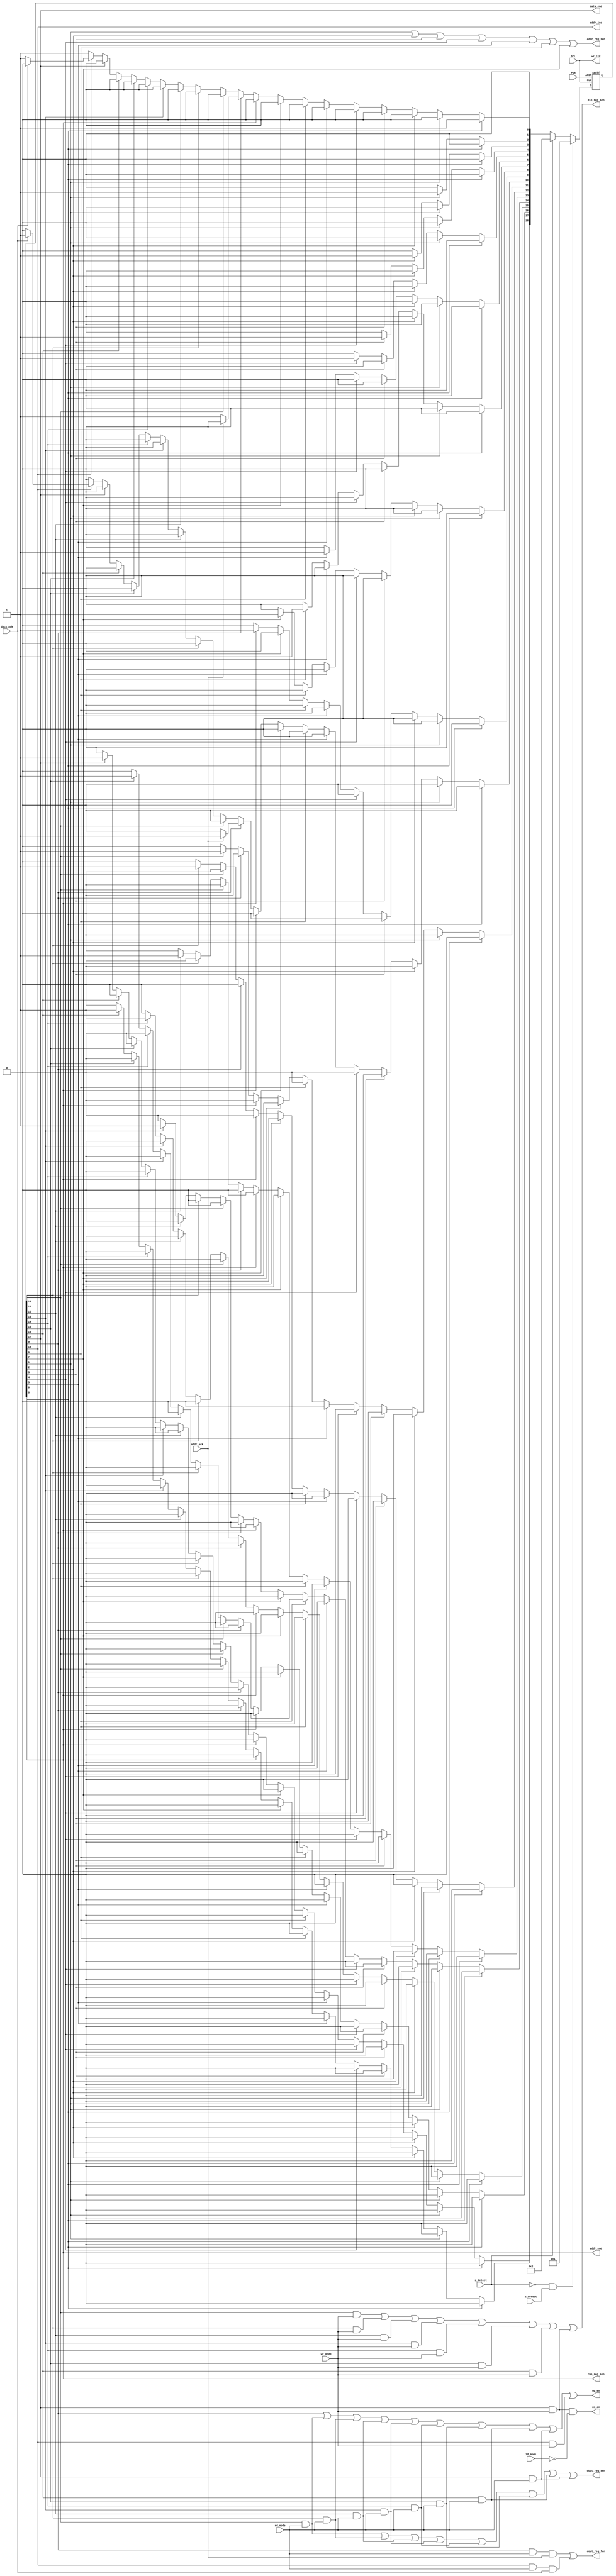
//=========================================================================
// Project     : 
// Module name : i2c_fsm
// Author      : 
//
// Description : Finite State Machine for I2C interface
// 
//=========================================================================

module i2c_fsm (
                // Inputs
                POR,
                SCL,
                s_detect,
                p_detect,
                wr_mode,
                rd_mode,
                id_mode,
                addr_ack,
                data_ack,

                // Outputs
                rwb_reg_sen,
                addr_reg_sen,
                din_reg_sen,
                dout_reg_sen,
                dout_reg_len,
                addr_inc,
                addr_end,
                data_end,
                wr_clk,
                wr_en,
                op_en
               );


parameter [18:0]  I2C_S0  = 19'd0;   // IDLE
parameter [18:0]  I2C_S1  = 19'd1;   // ADDR1
parameter [18:0]  I2C_S2  = 19'd2;   // ADDR2
parameter [18:0]  I2C_S3  = 19'd3;   // ADDR3
parameter [18:0]  I2C_S4  = 19'd4;   // ADDR4
parameter [18:0]  I2C_S5  = 19'd5;   // ADDR5
parameter [18:0]  I2C_S6  = 19'd6;   // ADDR6
parameter [18:0]  I2C_S7  = 19'd7;   // ADDR7
parameter [18:0]  I2C_S8  = 19'd8;   // RWB
parameter [18:0]  I2C_S9  = 19'd9;   // AACK
parameter [18:0]  I2C_S10 = 19'd10;  // DATA1
parameter [18:0]  I2C_S11 = 19'd11;  // DATA2
parameter [18:0]  I2C_S12 = 19'd12;  // DATA3
parameter [18:0]  I2C_S13 = 19'd13;  // DATA4
parameter [18:0]  I2C_S14 = 19'd14;  // DATA5
parameter [18:0]  I2C_S15 = 19'd15;  // DATA6
parameter [18:0]  I2C_S16 = 19'd16;  // DATA7
parameter [18:0]  I2C_S17 = 19'd17;  // DATA8
parameter [18:0]  I2C_S18 = 19'd18;  // DACK

///////////////////////////////////////////////////////////////////////////
// Ports declaration
///////////////////////////////////////////////////////////////////////////

// Clocks and resets
input             POR;
input             SCL;

// Inputs  
input             s_detect;
input             p_detect;
input             wr_mode;
input             rd_mode;
input             id_mode;
input             addr_ack;
input             data_ack;

// Outputs
output            rwb_reg_sen;
output            addr_reg_sen;
output            din_reg_sen;
output            dout_reg_sen;
output            dout_reg_len;
output            addr_inc;
output            addr_end;
output            data_end;
output            wr_clk;
output            wr_en;
output            op_en;

///////////////////////////////////////////////////////////////////////////
// Signals declaration
///////////////////////////////////////////////////////////////////////////

// Register declarations for output signals

// Wire declarations for output signals
wire              addr_reg_sen;
wire              din_reg_sen;
wire              dout_reg_sen;
wire              dout_reg_len;
wire              addr_inc;
wire              addr_end;
wire              data_end;
wire              wr_clk;
wire              wr_en;
wire              op_en;

// Register declarations for internal signals
reg [18:0]        i2c_state;                
reg [18:0]        i2c_next_state;

// Wire declarations for internal signals

///////////////////////////////////////////////////////////////////////////
// Implementation
///////////////////////////////////////////////////////////////////////////

always @(negedge SCL or negedge POR)
  begin
    if (~POR)
      i2c_state <= 19'd1;
    else if (~s_detect & p_detect)
      i2c_state <= 19'd1;
    else if (s_detect)
      i2c_state <= 19'd2;
    else
      i2c_state <= i2c_next_state;
  end

always @(i2c_state or addr_ack or data_ack)
  begin
    i2c_next_state = 19'h0;
    case (1'b1)
      i2c_state[I2C_S0]  :
                               begin
                                 i2c_next_state[I2C_S0] = 1'b1;
                               end
      i2c_state[I2C_S1]  :
                               begin
                                 i2c_next_state[I2C_S2] = 1'b1;
                               end
      i2c_state[I2C_S2]  :
                               begin
                                 i2c_next_state[I2C_S3] = 1'b1;
                               end
      i2c_state[I2C_S3]  :
                               begin
                                 i2c_next_state[I2C_S4] = 1'b1;
                               end
      i2c_state[I2C_S4]  :
                               begin
                                 i2c_next_state[I2C_S5] = 1'b1;
                               end
      i2c_state[I2C_S5]  :
                               begin
                                 i2c_next_state[I2C_S6] = 1'b1;
                               end
      i2c_state[I2C_S6]  :
                               begin
                                 i2c_next_state[I2C_S7] = 1'b1;
                               end
      i2c_state[I2C_S7]  :
                               begin
                                 i2c_next_state[I2C_S8] = 1'b1;
                               end
      i2c_state[I2C_S8]  :
                               begin
                                 i2c_next_state[I2C_S9] = 1'b1;
                               end
      i2c_state[I2C_S9]  :
                               begin
                                 if (addr_ack)
                                   i2c_next_state[I2C_S10] = 1'b1;
                                 else
                                   i2c_next_state[I2C_S0] = 1'b1;
                               end
      i2c_state[I2C_S10] :
                               begin
                                 i2c_next_state[I2C_S11] = 1'b1;
                               end
      i2c_state[I2C_S11] :
                               begin
                                 i2c_next_state[I2C_S12] = 1'b1;
                               end
      i2c_state[I2C_S12] :
                               begin
                                 i2c_next_state[I2C_S13] = 1'b1;
                               end
      i2c_state[I2C_S13] :
                               begin
                                 i2c_next_state[I2C_S14] = 1'b1;
                               end
      i2c_state[I2C_S14] :
                               begin
                                 i2c_next_state[I2C_S15] = 1'b1;
                               end
      i2c_state[I2C_S15] :
                               begin
                                 i2c_next_state[I2C_S16] = 1'b1;
                               end
      i2c_state[I2C_S16] :
                               begin
                                 i2c_next_state[I2C_S17] = 1'b1;
                               end
      i2c_state[I2C_S17] :
                               begin
                                 i2c_next_state[I2C_S18] = 1'b1;
                               end
      i2c_state[I2C_S18] :
                               begin
                                 if (data_ack)
                                   i2c_next_state[I2C_S10] = 1'b1;
                                 else
                                   i2c_next_state[I2C_S0] = 1'b1;
                               end
      default            :
                               begin
                                 i2c_next_state[I2C_S0] = 1'b1;
                               end
    endcase
  end

/////////////////////////////////////////////
// Outputs
/////////////////////////////////////////////

assign addr_end = (i2c_state[I2C_S8]);

assign data_end = (i2c_state[I2C_S17]);

assign rwb_reg_sen = (i2c_state[I2C_S8]);

assign addr_reg_sen = (i2c_state[I2C_S1]) |
                      (i2c_state[I2C_S2]) |
                      (i2c_state[I2C_S3]) |
                      (i2c_state[I2C_S4]) |
                      (i2c_state[I2C_S5]) |
                      (i2c_state[I2C_S6]) |
                      (i2c_state[I2C_S7]);

assign din_reg_sen = (i2c_state[I2C_S10] & wr_mode) |
                     (i2c_state[I2C_S11] & wr_mode) |
                     (i2c_state[I2C_S12] & wr_mode) |
                     (i2c_state[I2C_S13] & wr_mode) |
                     (i2c_state[I2C_S14] & wr_mode) |
                     (i2c_state[I2C_S15] & wr_mode) |
                     (i2c_state[I2C_S16] & wr_mode) |
                     (i2c_state[I2C_S17] & wr_mode);
                     
assign dout_reg_sen = (i2c_state[I2C_S10] & rd_mode) |
                      (i2c_state[I2C_S11] & rd_mode) |
                      (i2c_state[I2C_S12] & rd_mode) |
                      (i2c_state[I2C_S13] & rd_mode) |
                      (i2c_state[I2C_S14] & rd_mode) |
                      (i2c_state[I2C_S15] & rd_mode) |
                      (i2c_state[I2C_S16] & rd_mode) |
                      (i2c_state[I2C_S17] & rd_mode);

assign dout_reg_len = (i2c_state[I2C_S9] & rd_mode & addr_ack) | 
                      (i2c_state[I2C_S18] & rd_mode & data_ack);

assign addr_inc = i2c_state[I2C_S18];

assign wr_clk = SCL;

assign wr_en = (i2c_state[I2C_S17] & wr_mode & ~id_mode);

assign op_en = (i2c_state[I2C_S9]) |
               (i2c_state[I2C_S10] & rd_mode) |
               (i2c_state[I2C_S11] & rd_mode) |
               (i2c_state[I2C_S12] & rd_mode) |
               (i2c_state[I2C_S13] & rd_mode) |
               (i2c_state[I2C_S14] & rd_mode) |
               (i2c_state[I2C_S15] & rd_mode) |
               (i2c_state[I2C_S16] & rd_mode) |
               (i2c_state[I2C_S17] & rd_mode) |
               (i2c_state[I2C_S18] & wr_mode);

endmodule

//=========================================================================
// Modification History:
//
// $Id: $
//
// $Source: $
//
// $Log: $
//
//=========================================================================